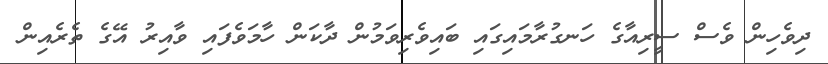
ދިވެހިން ވެސް ސީރިއާގެ ހަނގުރާމައިގައި ބައިވެރިވަމުން ދާކަން ހާމަވެފައި ވާއިރު އޭގެ ތެރެއިން